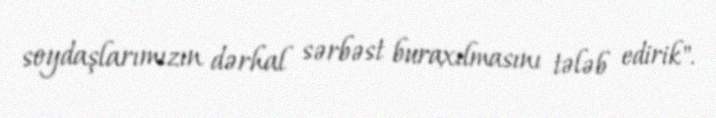
soydaşlarımızın dərhal sərbəst buraxılmasını tələb edirik".